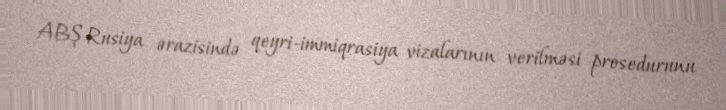
ABŞ Rusiya ərazisində qeyri-immiqrasiya vizalarının verilməsi prosedurunu